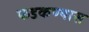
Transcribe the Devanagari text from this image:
फडकण्यास